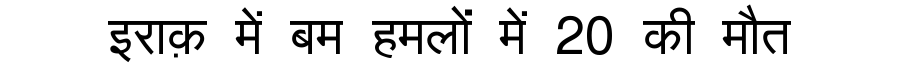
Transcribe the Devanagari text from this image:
इराक़ में बम हमलों में 20 की मौत